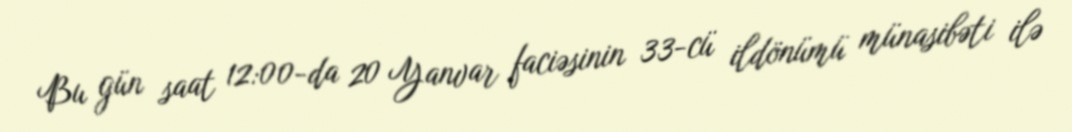
Bu gün saat 12:00-da 20 Yanvar faciəsinin 33-cü ildönümü münasibəti ilə